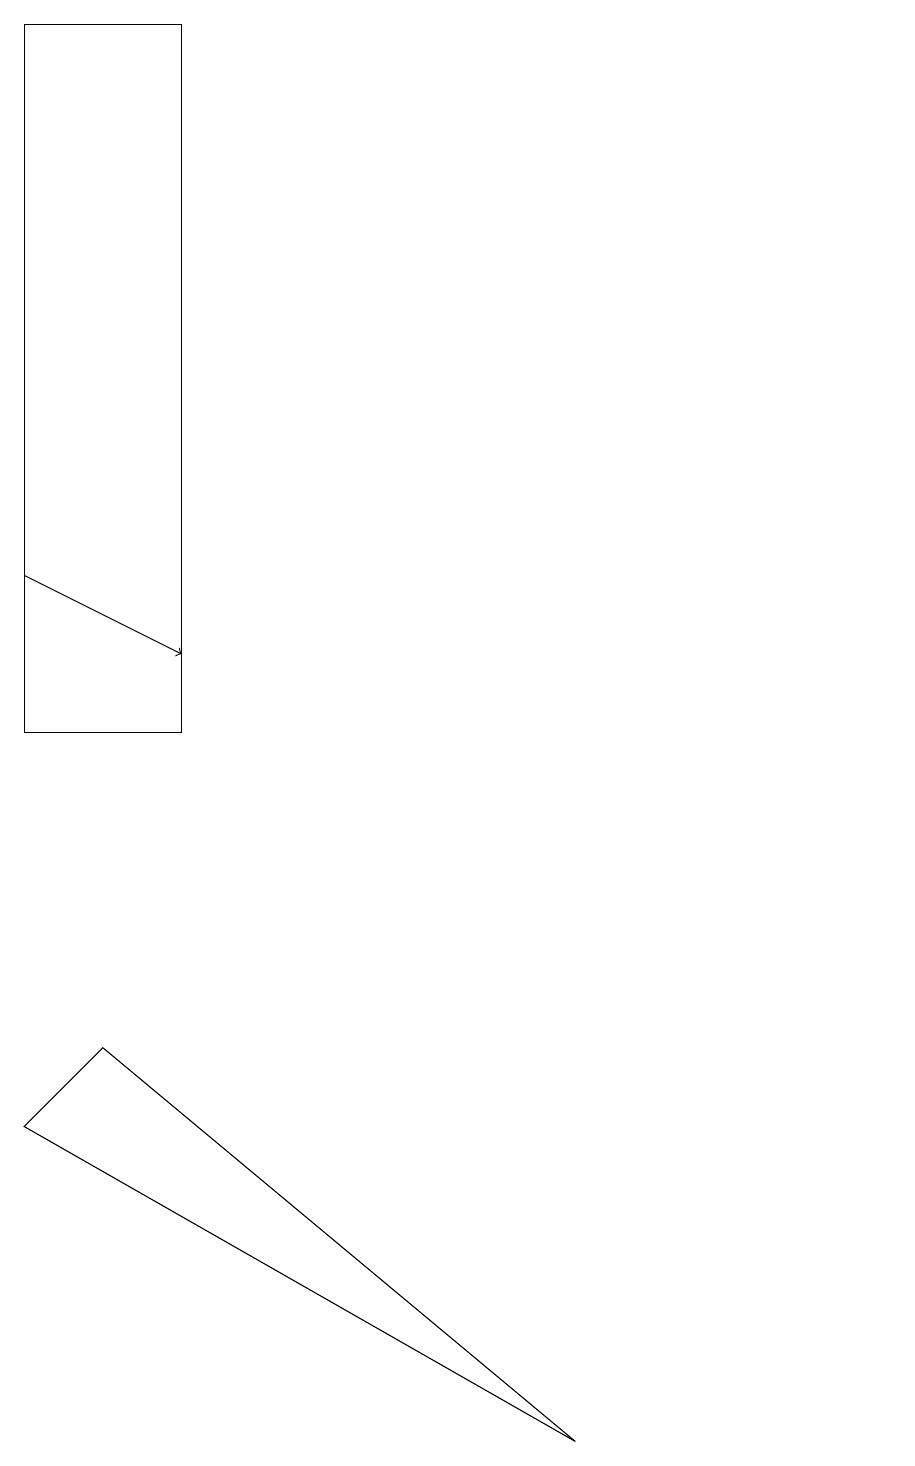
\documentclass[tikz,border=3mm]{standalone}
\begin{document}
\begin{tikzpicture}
\draw (11,11) circle (0);
\draw (1,6) -- (0,5) -- (7,1) -- cycle;
\draw[->] (0,12) -- (2,11);
\draw (2,19) rectangle (0,10);
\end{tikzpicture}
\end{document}